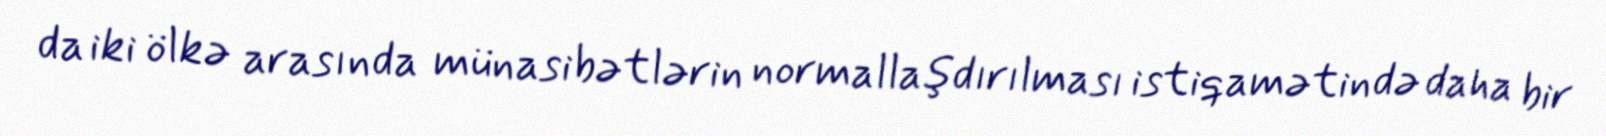
da iki ölkə arasında münasibətlərin normallaşdırılması istiqamətində daha bir